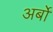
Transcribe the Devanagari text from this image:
अर्बों